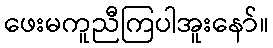
ဖေးမကူညီကြပါအူးနော်။